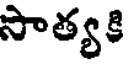
సాత్య కి